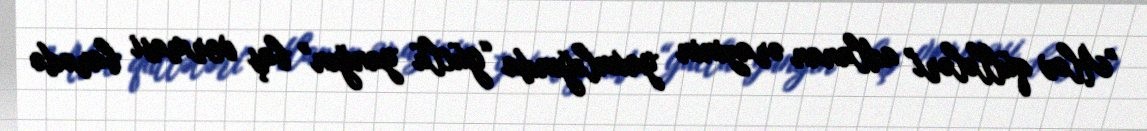
"Alov qüllələri" adlanan ərazinin yaxınlığında “güclü yanğın” baş verməsi barədə